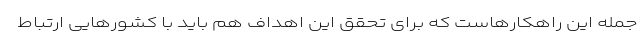
جمله این راهکارهاست که برای تحقق این اهداف هم باید با کشورهایی ارتباط